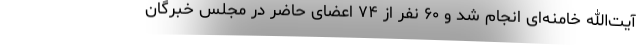
آیت‌الله خامنه‌ای انجام شد و ۶۰ نفر از ۷۴ اعضای حاضر در مجلس خبرگان